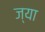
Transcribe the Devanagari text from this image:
ज्‍या